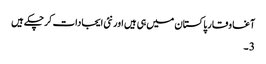
آغا وقار پاکستان میں ہی ہیں اور نئی ایجادات کر چکے ہیں
3 ۔